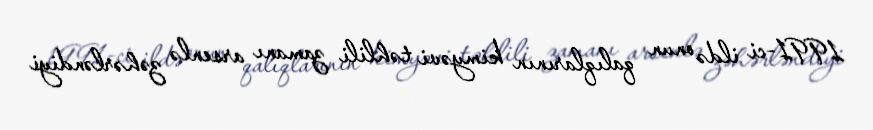
1991-ci ildə onun qalıqlarının kimyəvi təhlili zamanı arsenlə zəhərləndiyi